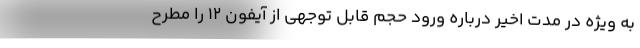
به ویژه در مدت اخیر درباره ورود حجم قابل توجهی از آیفون ۱۲ را مطرح